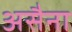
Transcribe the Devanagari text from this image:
असैना